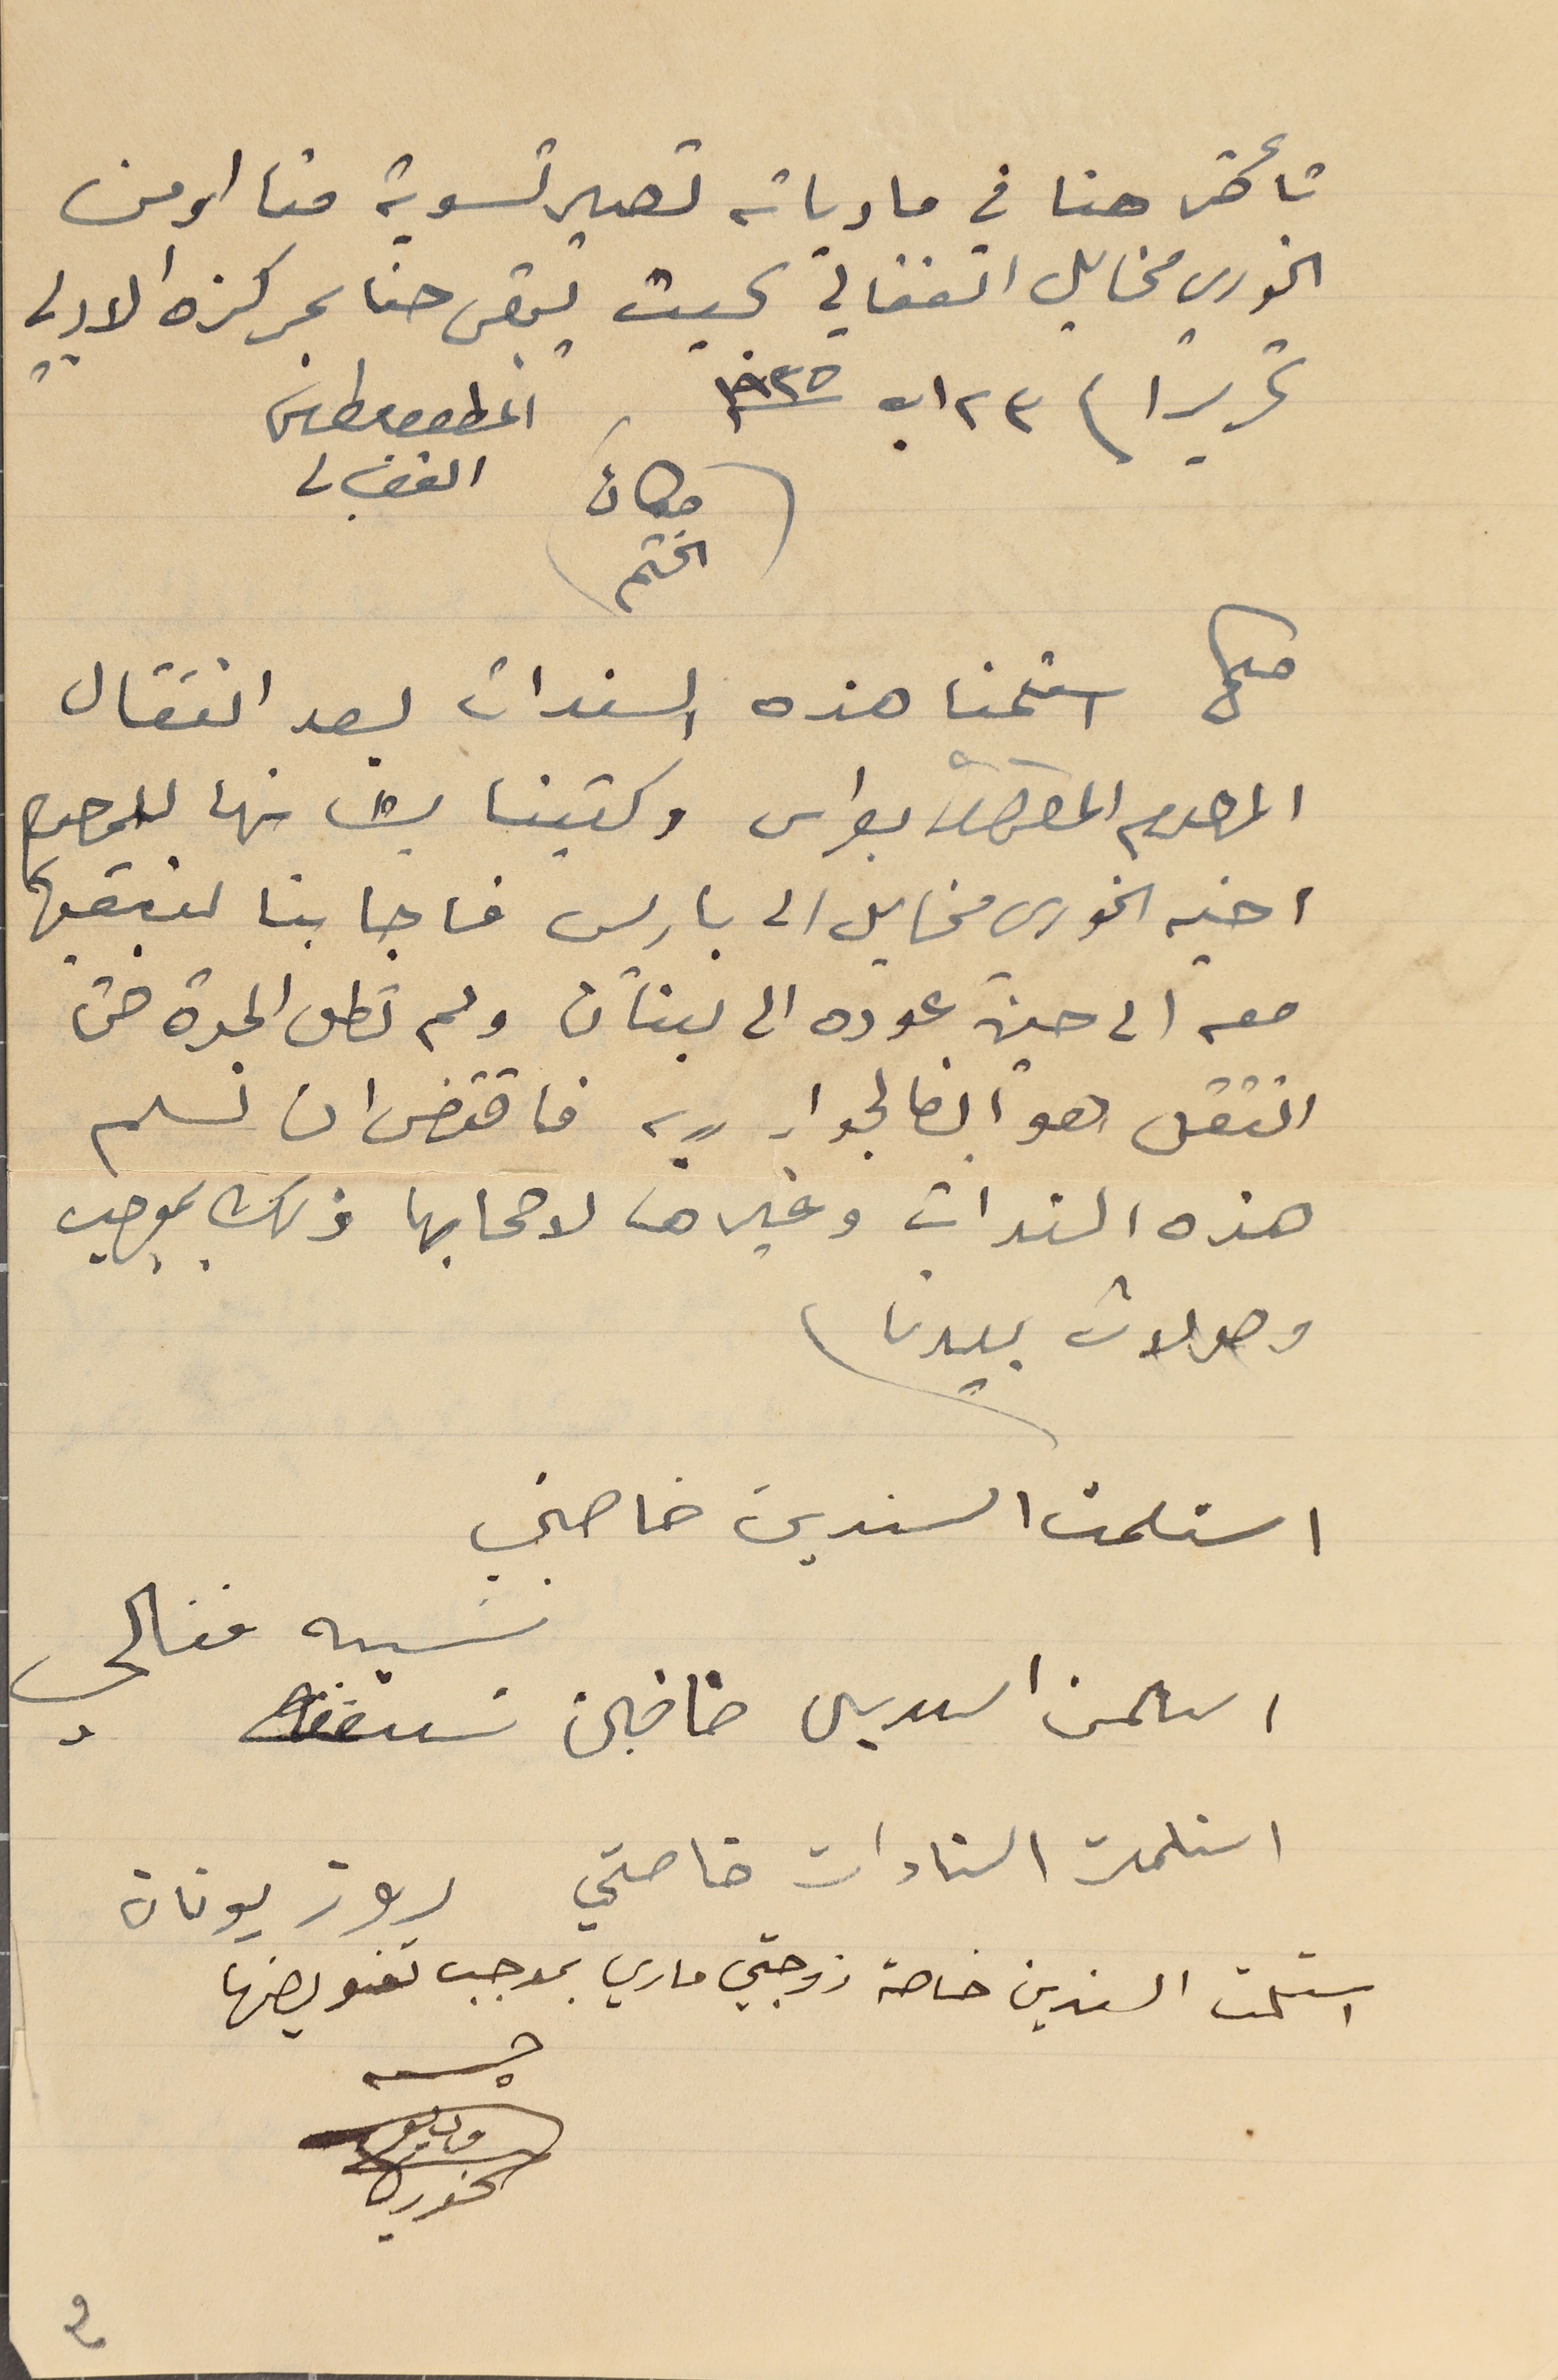
تأخر حنا في مادياته تصير تسوية منا او من
الخوري مخايل الفغالي بحيث يبقى حنا بمركزه الادبي
تحريراً فى ٢٣ اب سنة ١٩٣٥
(مكان الختم)
صح استلمنا هذه السندات بعد انتقال
المرحوم المطران بطرس وكتبنا بشانها للمرحوم
اخيه الخوري مخايل الى باريس فاجابنا لنبقيها
معه الى حين عوده الى لبنان ولم تطل المدة حتى
انتقل هو ايضا لجوار ربه فاقتضى ان نسلم
هذه السندات وغيرها لاصحابها ذلك بموجب
وصولات بيدنا.

استلمت السندين خاصتي
 نسيبه فغالي
استلمت السىدين خاصتين
 استلمت السنادات خاصتي
استلمت السندين خاصة زوجتي ماري بموجب تفويضها
المطران ىطرس
الفغالي
روز يونان
وديع
2
الخوري